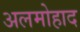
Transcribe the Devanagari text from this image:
अलमोहाद